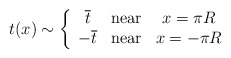
\begin{align*}t(x)\sim\left\{\begin{array}{ccc}\overline{t} & \mathrm{near} & x=\pi R \\-\overline{t} & \mathrm{near} & x=-\pi R\end{array}\right. \end{align*}